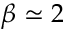
\beta \simeq 2